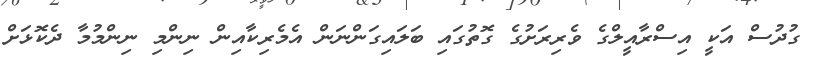
ގުދުސް އަކީ އިސްރާއީލްގެ ވެރިރަށުގެ ގޮތުގައި ބަލައިގަންނަން އެމެރިކާއިން ނިންމި ނިންމުމާ ދެކޮޅަށް